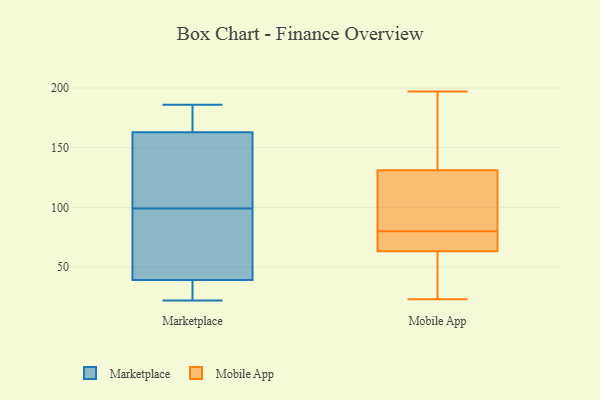
{"axis": {"x": "LTV (USD)", "y": "Value"}, "legend": ["Marketplace", "Mobile App"], "data": [{"x": "", "y": 36, "type": "Marketplace"}, {"x": "", "y": 180, "type": "Marketplace"}, {"x": "", "y": 186, "type": "Marketplace"}, {"x": "", "y": 128, "type": "Marketplace"}, {"x": "", "y": 163, "type": "Marketplace"}, {"x": "", "y": 48, "type": "Marketplace"}, {"x": "", "y": 39, "type": "Marketplace"}, {"x": "", "y": 70, "type": "Marketplace"}, {"x": "", "y": 142, "type": "Marketplace"}, {"x": "", "y": 22, "type": "Marketplace"}, {"x": "", "y": 193, "type": "Mobile App"}, {"x": "", "y": 83, "type": "Mobile App"}, {"x": "", "y": 110, "type": "Mobile App"}, {"x": "", "y": 103, "type": "Mobile App"}, {"x": "", "y": 80, "type": "Mobile App"}, {"x": "", "y": 62, "type": "Mobile App"}, {"x": "", "y": 24, "type": "Mobile App"}, {"x": "", "y": 73, "type": "Mobile App"}, {"x": "", "y": 172, "type": "Mobile App"}, {"x": "", "y": 60, "type": "Mobile App"}, {"x": "", "y": 96, "type": "Mobile App"}, {"x": "", "y": 45, "type": "Mobile App"}, {"x": "", "y": 23, "type": "Mobile App"}, {"x": "", "y": 67, "type": "Mobile App"}, {"x": "", "y": 76, "type": "Mobile App"}, {"x": "", "y": 184, "type": "Mobile App"}, {"x": "", "y": 76, "type": "Mobile App"}, {"x": "", "y": 197, "type": "Mobile App"}, {"x": "", "y": 138, "type": "Mobile App"}]}